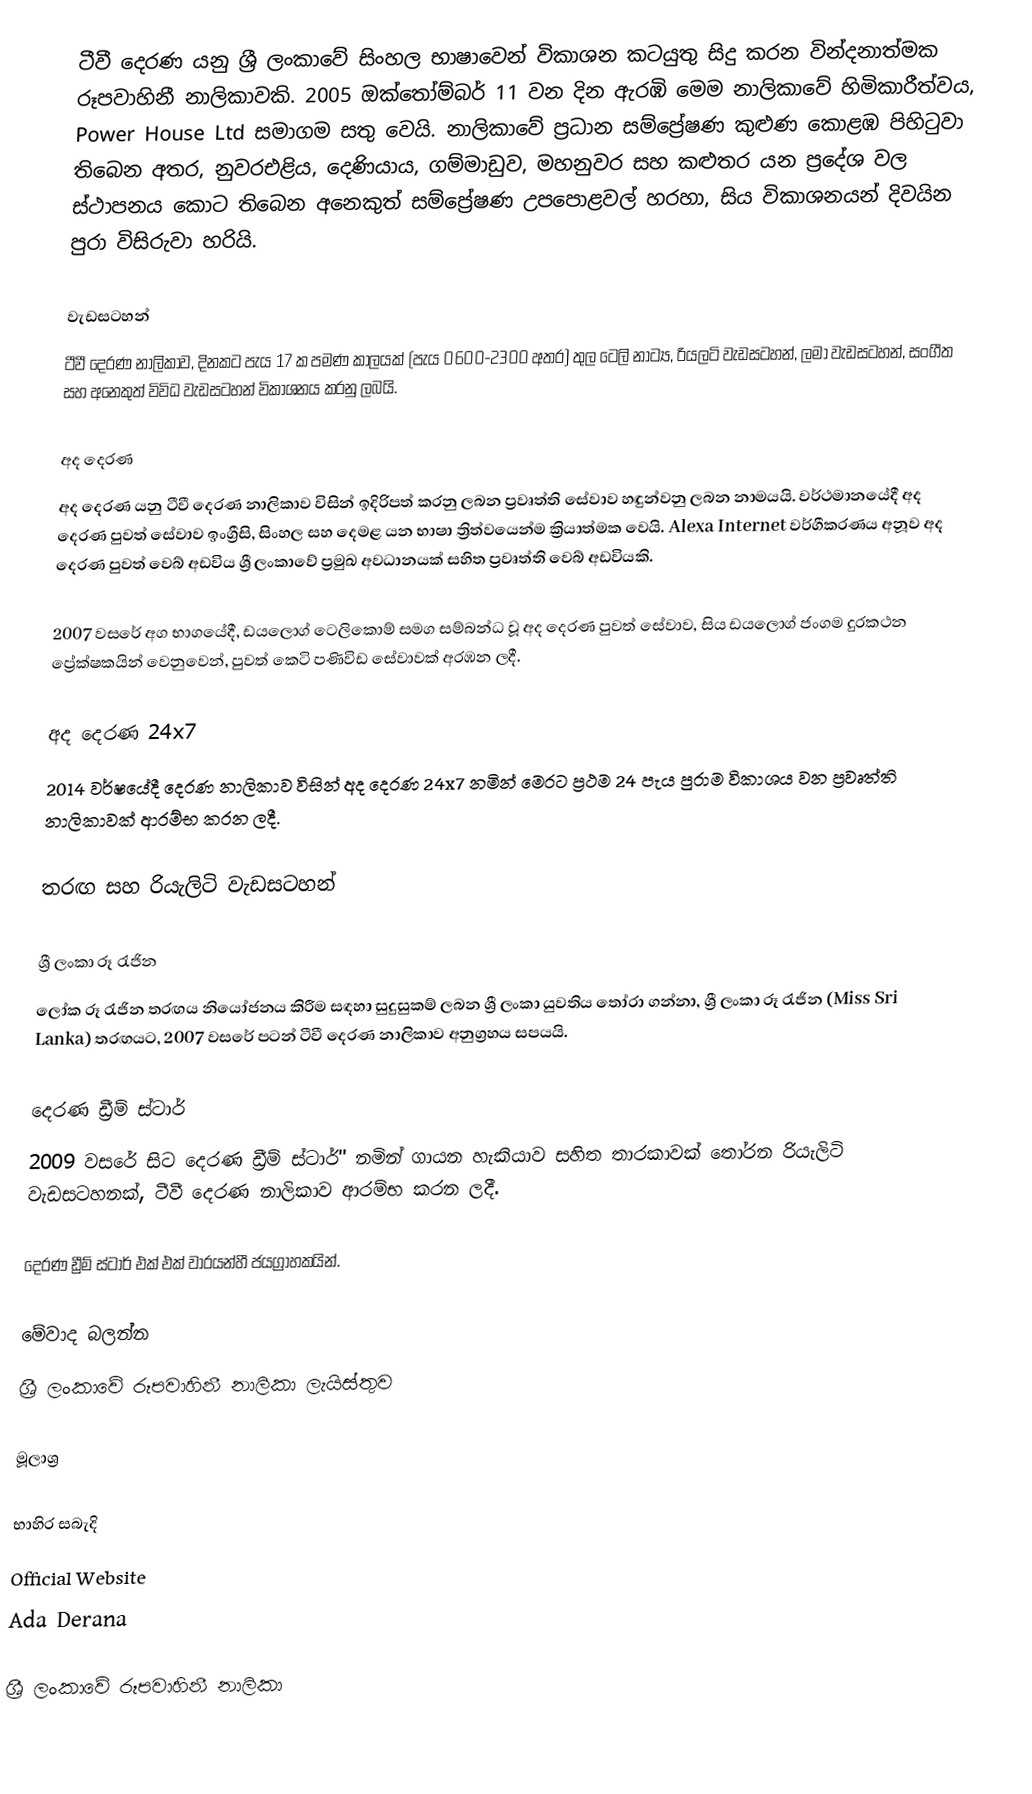
ටීවී දෙරණ යනු  ශ්‍රී ලංකාවේ සිංහල භාෂාවෙන් විකාශන කටයුතු සිදු කරන වින්දනාත්මක රූපවාහිනී නාලිකාවකි. 2005 ඔක්තෝම්බර් 11 වන දින ඇරඹි මෙම නාලිකාවේ හිමිකාරීත්වය, Power House Ltd සමාගම සතු වෙයි. නාලිකාවේ ප්‍රධාන සම්ප්‍රේෂණ කුළුණ කොළඹ පිහිටුවා තිබෙන අතර, නුවරඑළිය, දෙණියාය, ගම්මාඩුව, මහනුවර සහ කළුතර යන ප්‍රදේශ වල ස්ථාපනය කොට තිබෙන අනෙකුත් සම්ප්‍රේෂණ උපපොළවල් හරහා, සිය විකාශනයන් දිවයින පුරා විසිරුවා හරියි.

වැඩසටහන්
ටීවී දෙරණ නාලිකාව, දිනකට පැය 17 ක පමණ කාලයක් (පැය 0600-2300 අතර) තුල ටෙලි නාට්‍ය, රියලටි වැඩසටහන්, ලමා වැඩසටහන්, සංගීත සහ අනෙකුත් විවිධ වැඩසටහන් විකාශනය කරනු ලබයි.

අද දෙරණ
අද දෙරණ යනු ටීවී දෙරණ නාලිකාව විසින් ඉදිරිපත් කරනු ලබන ප්‍රවෘත්ති සේවාව හඳුන්වනු ලබන නාමයයි. වර්ථමානයේදී අද දෙරණ පුවත් සේවාව ඉංග්‍රීසි, සිංහල සහ දෙමළ යන භාෂා ත්‍රිත්වයෙන්ම ක්‍රියාත්මක වෙයි. Alexa Internet වර්ගීකරණය අනූව අද දෙරණ පුවත් වෙබ් අඩවිය ශ්‍රී ලංකාවේ ප්‍රමුඛ අවධානයක් සහිත ප්‍රවෘත්ති වෙබ් අඩවියකි.

2007 වසරේ අග භාගයේදී, ඩයලොග් ටෙලිකොම් සමග සම්බන්ධ වූ අද දෙරණ පුවත් සේවාව, සිය ඩයලොග් ජංගම දුරකථන ප්‍රේක්ෂකයින් වෙනුවෙන්, පුවත් කෙටි පණිවිඩ සේවාවක් අරඹන ලදී.

අද දෙරණ 24x7
2014 වර්ෂයේදී දෙරණ නාලිකාව විසින් අද දෙරණ 24x7 නමින් මෙරට ප්‍රථම 24 පැය පුරාම විකාශය වන ප්‍රවෘත්ති නාලිකාවක් ආරම්භ කරන ලදී.

තරඟ සහ රියැලිටි වැඩසටහන්

ශ්‍රී ලංකා රූ රැජින
ලෝක රූ රැජින තරඟය නියෝජනය කිරීම සඳහා සුදුසුකම් ලබන ශ්‍රී ලංකා යුවතිය තෝරා ගන්නා, ශ්‍රී ලංකා රූ රැජින (Miss Sri Lanka) තරඟයට, 2007 වසරේ පටන් ටීවී දෙරණ නාලිකාව අනුග්‍රහය සපයයි.

දෙරණ ඩ්‍රීම් ස්ටාර්
2009 වසරේ සිට දෙරණ ඩ්‍රීම් ස්ටාර්'' නමින් ගායන හැකියාව සහිත තාරකාවක් තෝරන රියැලිටි වැඩසටහනක්, ටීවී දෙරණ නාලිකාව ආරම්භ කරන ලදී.

දෙරණ ඩ්‍රීම් ස්ටාර් එක් එක් වාරයන්හී ජයග්‍රාහකයින්.

මේවාද බලන්න
 ශ්‍රී ලංකාවේ රූපවාහිනී නාලිකා ලැයිස්තුව

මූලාශ්‍ර

භාහිර සබැදි
 Official Website
 Ada Derana

ශ්‍රී ලංකාවේ රූපවාහිනී නාලිකා